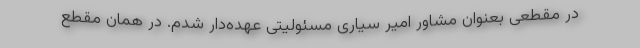
در مقطعی بعنوان مشاور امیر سیاری مسئولیتی عهده‌دار شدم. در همان مقطع